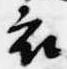
衣